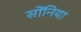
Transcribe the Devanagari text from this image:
सोंनिया